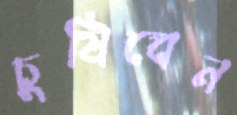
চুষিবেন